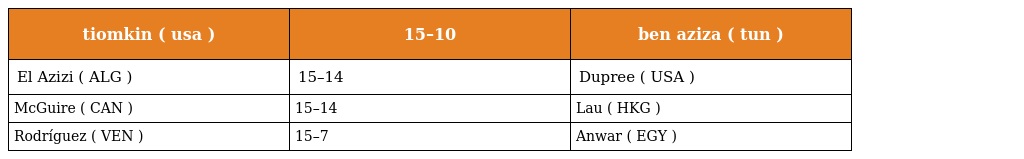
| tiomkin ( usa ) | 15–10 | ben aziza ( tun ) |
 | --- | --- | --- |
 | El Azizi ( ALG ) | 15–14 | Dupree ( USA ) |
 | McGuire ( CAN ) | 15–14 | Lau ( HKG ) |
 | Rodríguez ( VEN ) | 15–7 | Anwar ( EGY ) |